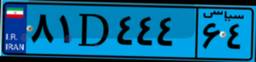
۹۸D۴۸۴۳۳